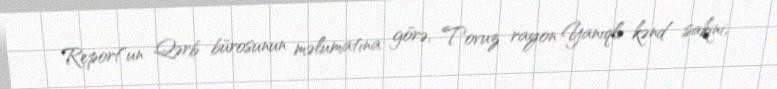
Report"un Qərb bürosunun məlumatına görə, Tovuz rayon Yanıqlı kənd sakini,